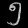
Digit: ၅